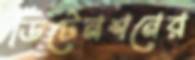
ডিটেনশনের